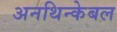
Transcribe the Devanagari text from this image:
अनथिन्केबल